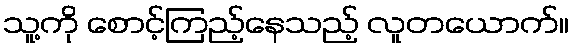
သူ့ကို စောင့်ကြည့်နေသည့် လူတယောက်။